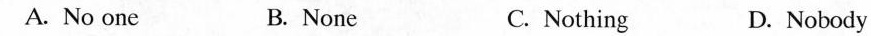
A. No one B. None C. Nothing D. Nobody